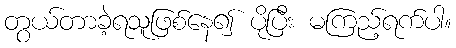
တွယ်တာခဲ့ရသူဖြစ်နေ၍ ပိုပြီး မကြည့်ရက်ပါ။